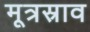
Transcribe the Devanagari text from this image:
मूत्रस्राव